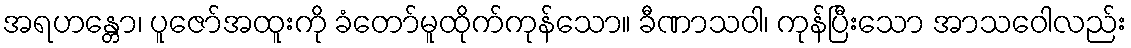
အရဟန္တော၊ ပူဇော်အထူးကို ခံတော်မူထိုက်ကုန်သော။ ခီဏာသဝါ၊ ကုန်ပြီးသော အာသဝေါလည်း